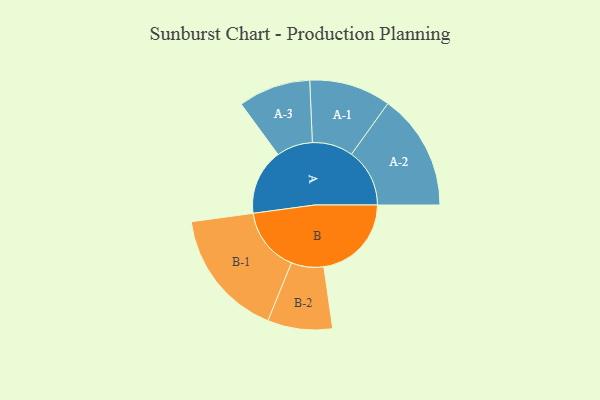
{"axis": {"x": "Segment", "y": "Value"}, "legend": ["", "A", "B"], "data": [{"x": "A", "y": 284, "type": ""}, {"x": "B", "y": 378, "type": ""}, {"x": "A-1", "y": 176, "type": "A"}, {"x": "A-2", "y": 251, "type": "A"}, {"x": "A-3", "y": 156, "type": "A"}, {"x": "B-1", "y": 278, "type": "B"}, {"x": "B-2", "y": 140, "type": "B"}]}